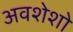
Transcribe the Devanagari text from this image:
अवशेशो